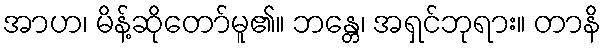
အာဟ၊ မိန့်ဆိုတော်မူ၏။ ဘန္တေ၊ အရှင်ဘုရား။ တာနိ